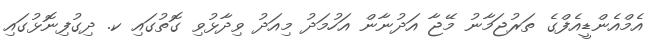
އެމްއެންޑީއެފްގެ ތަރުޖަމާނު މޭޖާ އަދުނާން އަހުމަދު މިއަދު ވިދާޅުވި ގޮތުގައި ކ. ދިގުފިނޮޅުގައި